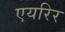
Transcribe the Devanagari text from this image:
एयरिर